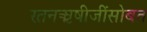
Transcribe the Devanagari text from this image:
रतनऋषीजींसोबत